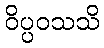
ဝိပ္ပဝသသိ